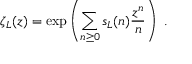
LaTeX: \zeta _ { L } ( z ) = \exp \left( { \sum _ { n \geq 0 } s _ { L } ( n ) { \frac { z ^ { n } } { n } } } \right) \ .